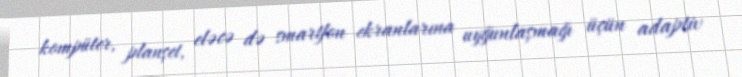
kompüter, planşet, eləcə də smartfon ekranlarına uyğunlaşmağı üçün adaptiv